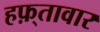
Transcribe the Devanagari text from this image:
हफ़्तावार